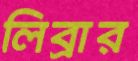
লিব্রার